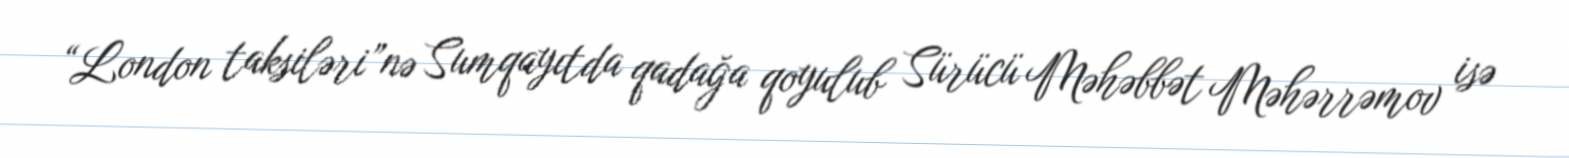
“London taksiləri”nə Sumqayıtda qadağa qoyulub Sürücü Məhəbbət Məhərrəmov isə